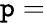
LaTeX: \mathtt{p}=